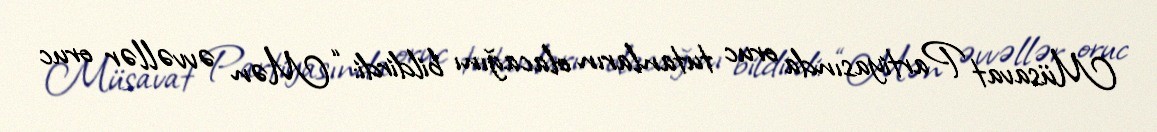
Müsavat Partiyasında oruc tutanların olacağını bildirdi: “Mən əvvəllər oruc